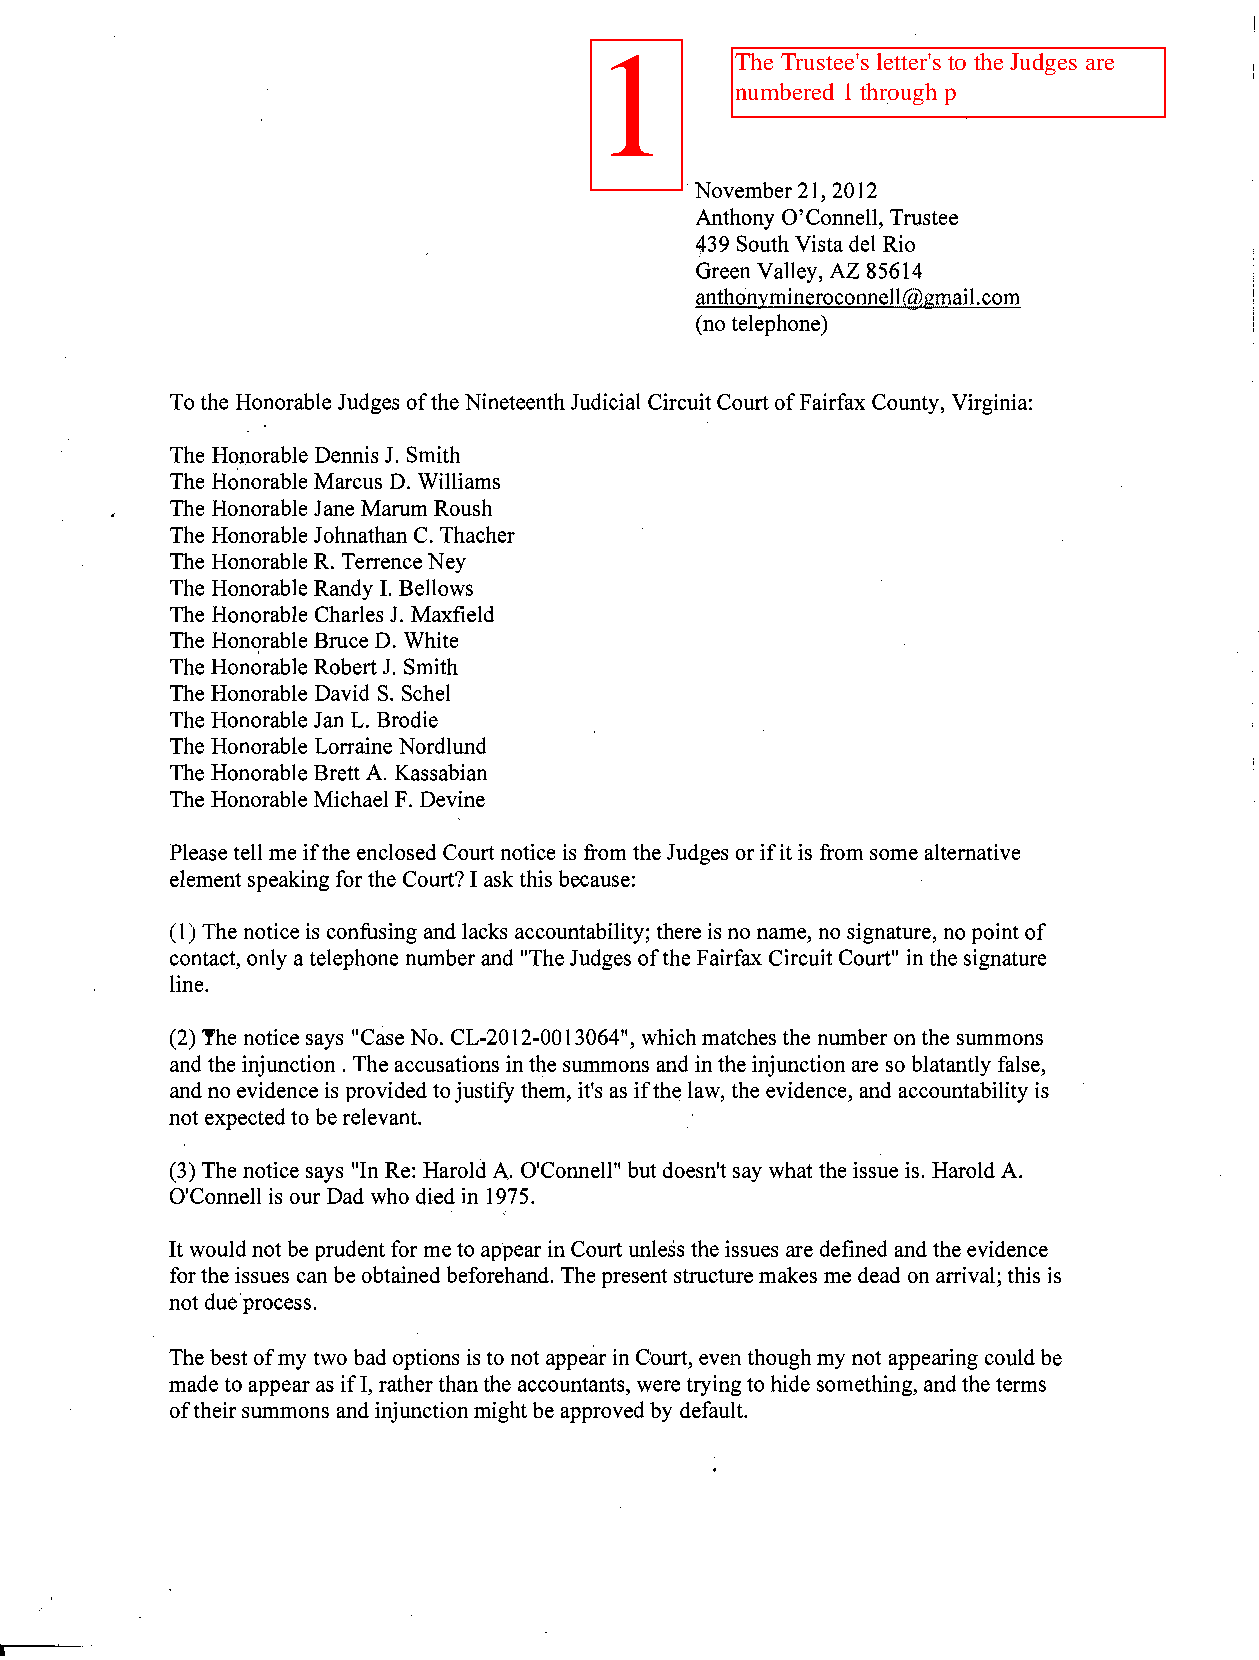
November21,2012
 Anthony O'Connell, Trustee
 439 SouthVistadel Rio
 Green Valley, AZ 85614
 anthonymineroconnell@gmail.com
 (no telephone)
 Tothe Honorable Judges oftheNineteenthJudicial CircuitCourtofFairfax County, Virginia:
 The Honorable Dennis J. Smith
 The Honorable Marcus D. Williams
 The Honorable Jane Marum Roush
 The Honorable JohnathanC. Thacher
 The Honorable R. TerrenceNey
 The Honorable Randy I. Bellows
 The Honorable Charles1. Maxfield
 The Honorable BruceD. White
 The Honorable RobertJ. Smith
 The Honorable David S. Schel
 The Honorable JanL. Brodie
 The Honorable Lorraine Nordlund
 The HonorableBrettA. Kassabian
 The HonorableMichael F. Devine
 Pleasetell me ifthe enclosed Courtnotice is from theJudges orifitis from somealternative
 elementspeakingfor the Court?I ask this because:
 (l) The noticeis confusing and lacks accountability; there is no name, no signature, no pointof
 contact, only a telephone numberand "TheJudges ofthe Fairfax CircuitCourt" in the signature
 line.
 (2) The notice says "CaseNo. CL-20l2-00l3064", whichmatches the numberonthe summons
 and the injunction. Theaccusations inthe summons and inthe injunctionare so blatantly false,
 and no evidence is providedtojustify them, it's as ifthe law, the evidence, and accountability is
 notexpectedto berelevant.
 (3) The notice says "In Re: Harold A. O'Connell" butdoesn'tsay what the issue is. Harold A.
 O'Connell is ourDad who died in 1975.
 Itwouldnotbe prudentfor meto appearinCourtunleSs the issues are definedand theevidence
 forthe issues can beobtainedbeforehand. The present structuremakes me dead onarrival; this is
 notdue process.
 The bestofmy two bad options is to notappearinCourt, eventhoughmy not appearing couldbe
 made to appearas ifI, ratherthanthe accountants, were tryingto hide something, andthe terms
 oftheirsummons and injunctionmightbeapprovedby default.